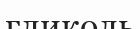
гликоль